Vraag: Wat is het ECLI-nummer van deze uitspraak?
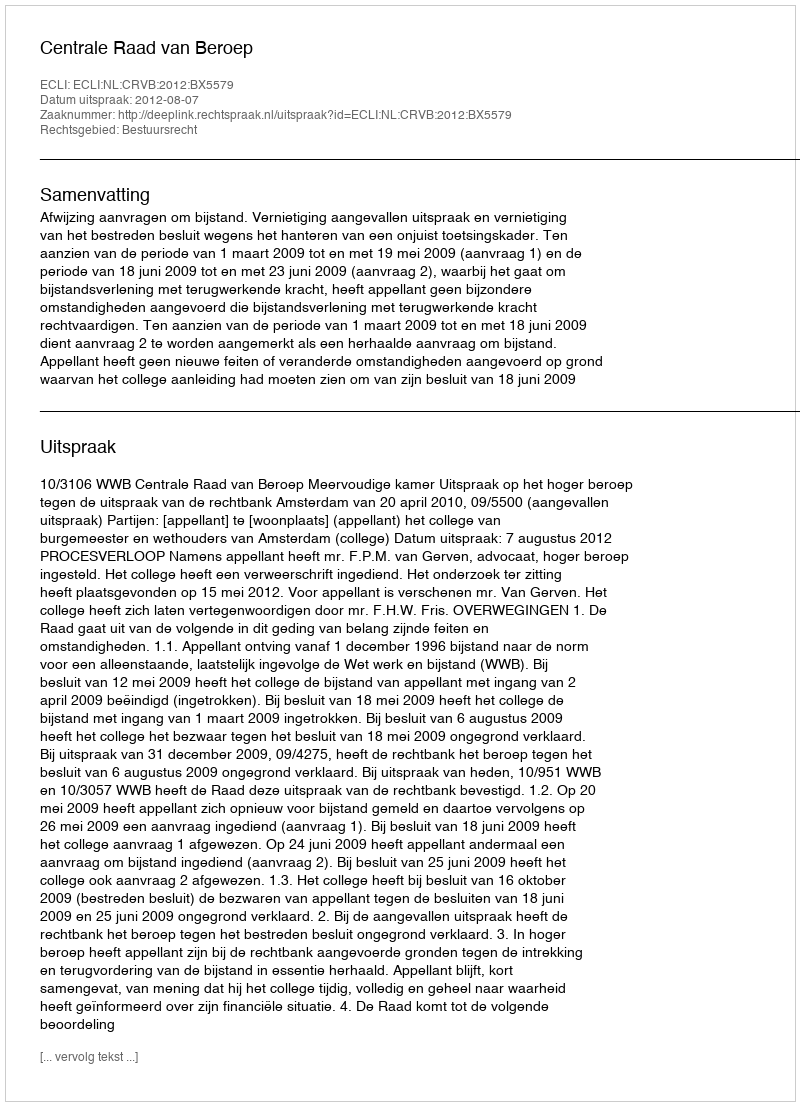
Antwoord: ECLI:NL:CRVB:2012:BX5579